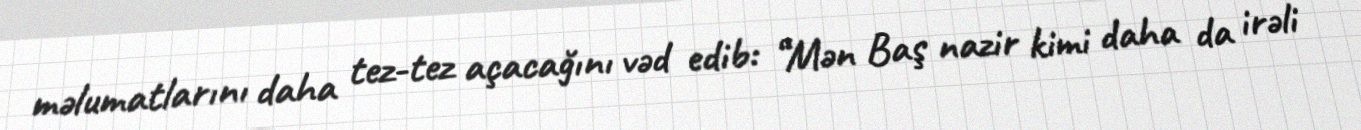
məlumatlarını daha tez-tez açacağını vəd edib: “Mən Baş nazir kimi daha da irəli